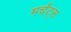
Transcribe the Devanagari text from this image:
मर्चंट्‌स